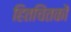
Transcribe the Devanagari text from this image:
हितचिंतकों